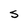
Character: s